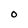
Character: o